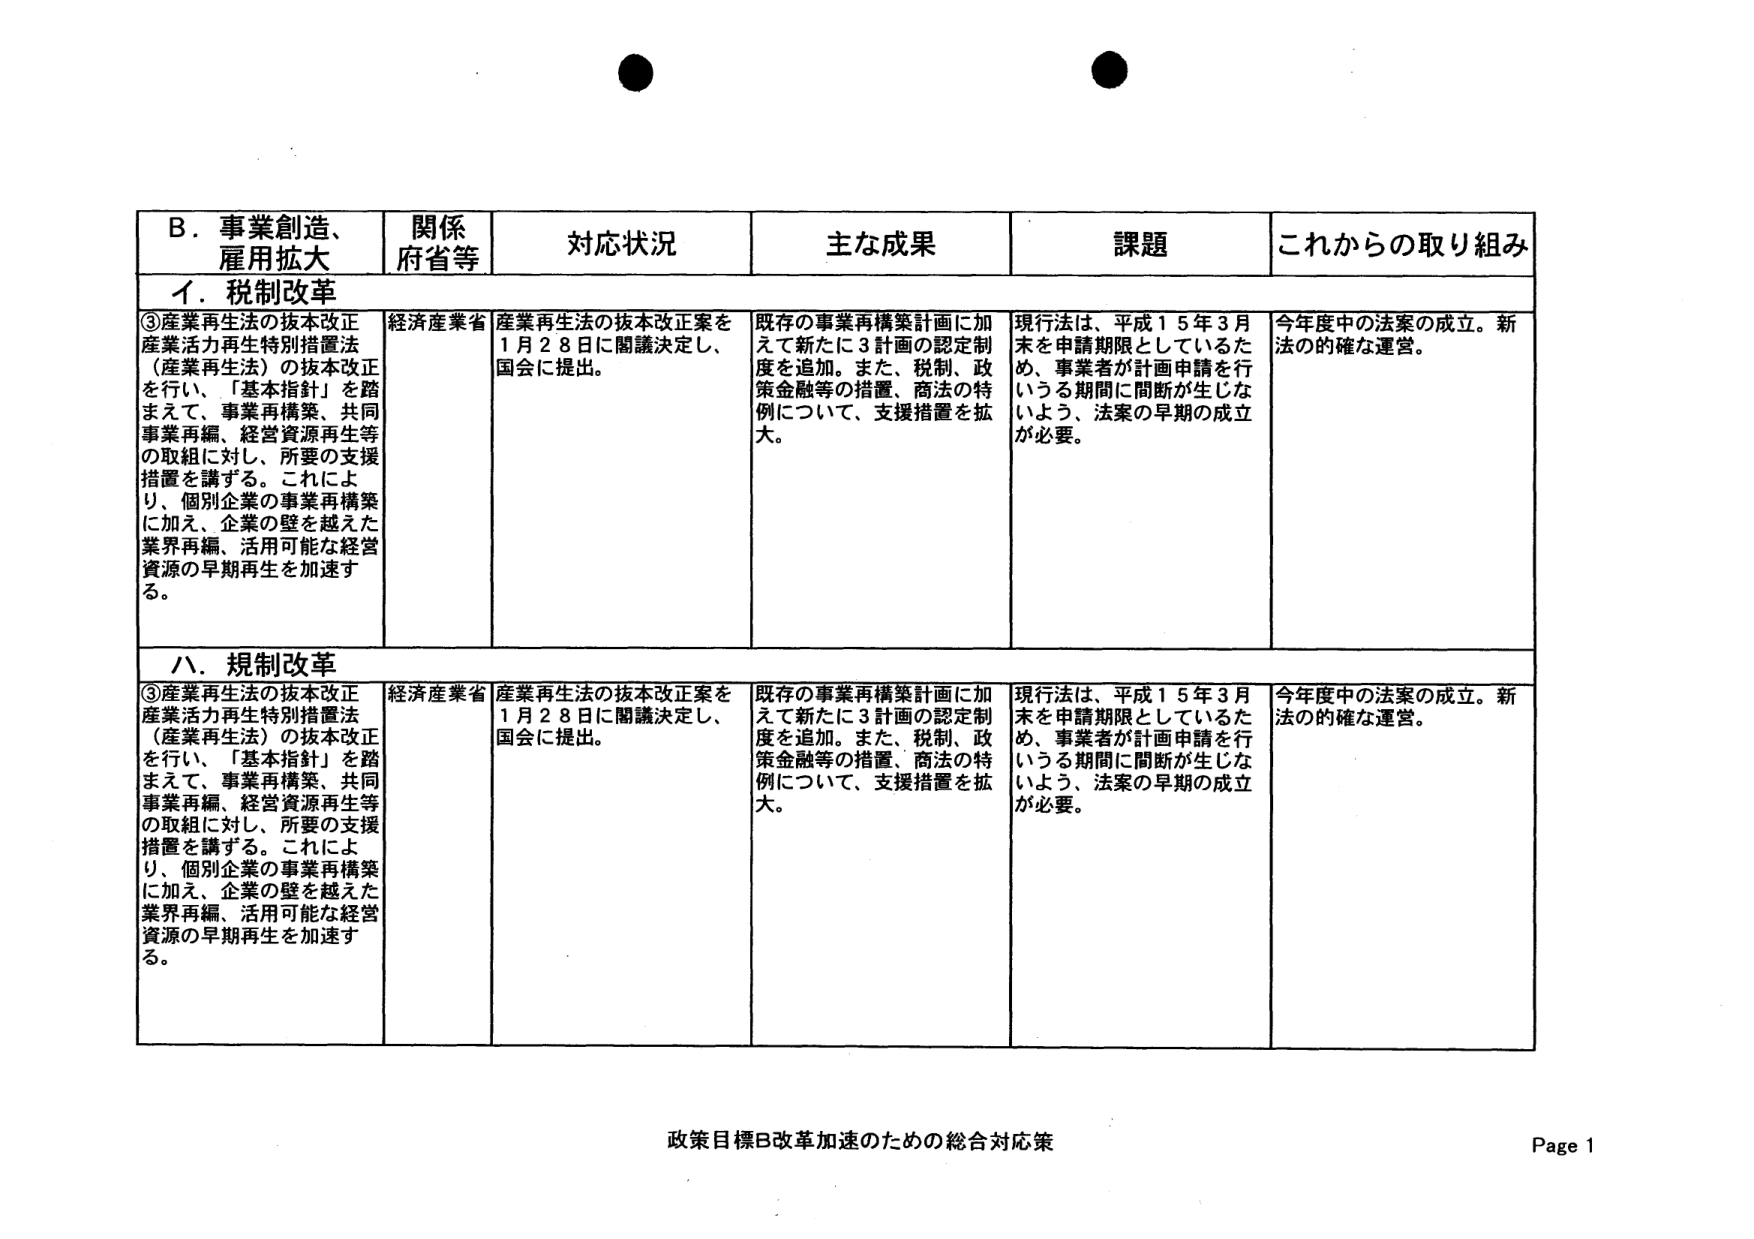
B. 事業創造、雇用拡大
関係府省等
対応状況
主な成果
課題
これからの取り組み

イ. 税制改革
③産業再生法の抜本改正
産業活力再生特別措置法（産業再生法）の抜本改正を行い、「基本指針」を踏まえて、事業再構築、共同事業再編、経営資源再生等の取組に対し、所要の支援措置を講ずる。これにより、個別企業の事業再構築に加え、企業の壁を越えた業界再編、活用可能な経営資源の早期再生を加速する。
経済産業省
産業再生法の抜本改正案を1月28日に閣議決定し、国会に提出。
既存の事業再構築計画に加えて新たに3計画の認定制度を追加。また、税制、政策金融等の措置、商法の特例について、支援措置を拡大。
現行法は、平成15年3月末を申請期限としているため、事業者が計画申請を行うという期間に間断が生じないよう、法案の早期の成立が必要。
今年度中の法案の成立。新法の的確な運営。

ハ. 規制改革
③産業再生法の抜本改正
産業活力再生特別措置法（産業再生法）の抜本改正を行い、「基本指針」を踏まえて、事業再構築、共同事業再編、経営資源再生等の取組に対し、所要の支援措置を講ずる。これにより、個別企業の事業再構築に加え、企業の壁を越えた業界再編、活用可能な経営資源の早期再生を加速する。
経済産業省
産業再生法の抜本改正案を1月28日に閣議決定し、国会に提出。
既存の事業再構築計画に加えて新たに3計画の認定制度を追加。また、税制、政策金融等の措置、商法の特例について、支援措置を拡大。
現行法は、平成15年3月末を申請期限としているため、事業者が計画申請を行うという期間に間断が生じないよう、法案の早期の成立が必要。
今年度中の法案の成立。新法の的確な運営。

政策目標B改革加速のための総合対応策
Page 1